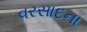
વરસાદના